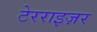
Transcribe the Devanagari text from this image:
टेरराइज़र